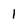
Character: 1